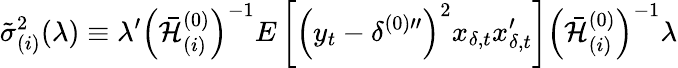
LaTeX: \tilde{\sigma}_{(i)}^{2}(\lambda)\equiv\lambda^{\prime}\left(\mathcal{\bar{H}}_{(i)}^{(0)}\right)^{-1}E\left[\left(y_{t}-\delta^{(0)\prime\prime}\right)^{2}x_{\delta,t}x_{\delta,t}^{\prime}\right]\left(\mathcal{\bar{H}}_{(i)}^{(0)}\right)^{-1}\lambda